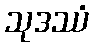
သုဒဿံ